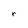
Character: r